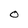
Character: O